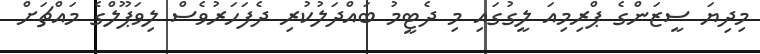
މިދިޔަ ސީޒަންގެ ޕްރިމިއަ ލީގުގައި މި ދެޓީމު ބައްދަލުކުރި ދެފަހަރުވެސް ލިވަޕޫލްގެ މައްޗަށް